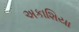
અકાશિયા